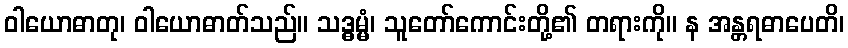
ဝါယောဓာတု၊ ဝါယောဓာတ်သည်။ သဒ္ဓမ္မံ၊ သူတော်ကောင်းတို့၏ တရားကို။ န အန္တရဓာပေတိ၊